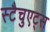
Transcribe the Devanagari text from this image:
स्टैचुएट्स